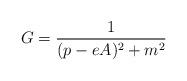
LaTeX: \begin{align*}G=\frac{1}{(p-eA)^{2} +m^{2}}\end{align*}